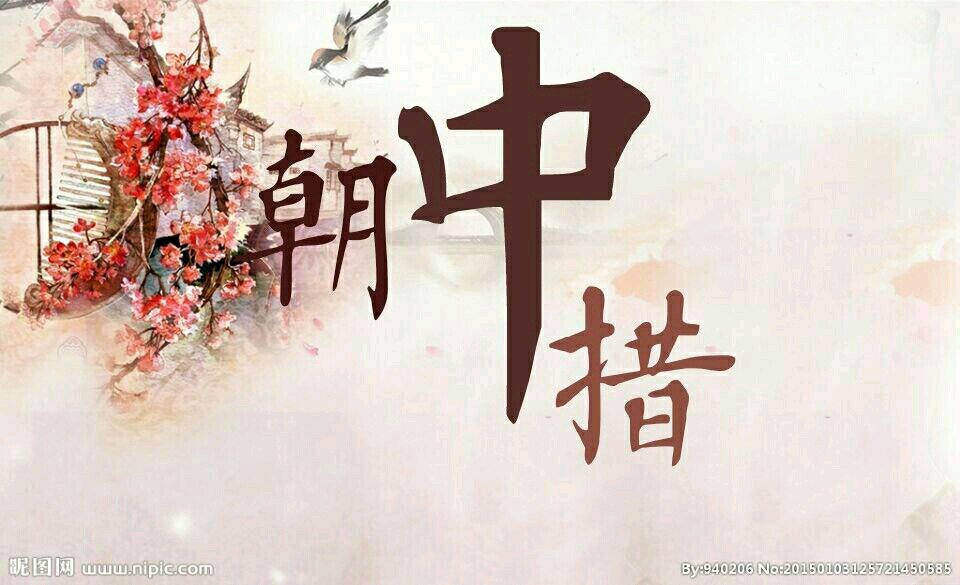
怕歌愁舞懒逢迎。妆晚托春酲。